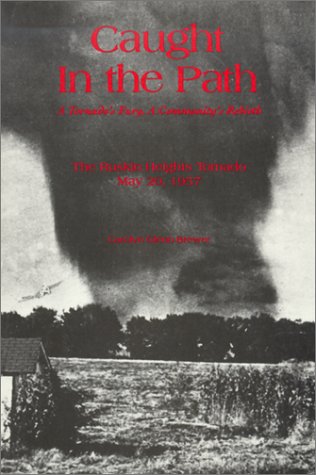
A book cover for Caught In The Path, A Tornado's Fury, A Community's Rebirth; Carolyn Glenn Brewer; Science & Math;